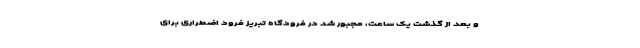
و بعد از گذشت یک ساعت، مجبور شد در فرودگاه تبریز فرود اضطراری برای